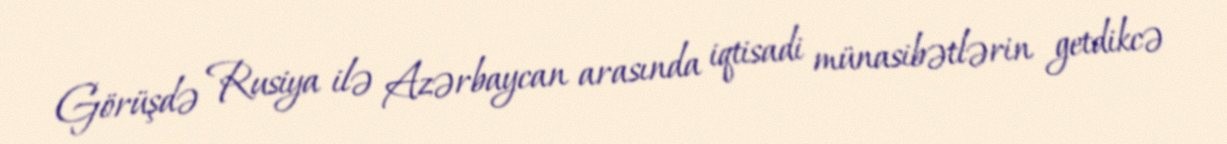
Görüşdə Rusiya ilə Azərbaycan arasında iqtisadi münasibətlərin getdikcə